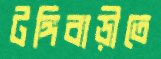
টঙ্গিবাড়ীতে